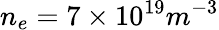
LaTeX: n_{e}=7\times 10^{19}m^{-3}